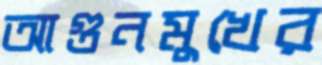
আগুনমুখের